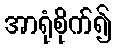
အာရုံစိုက်၍